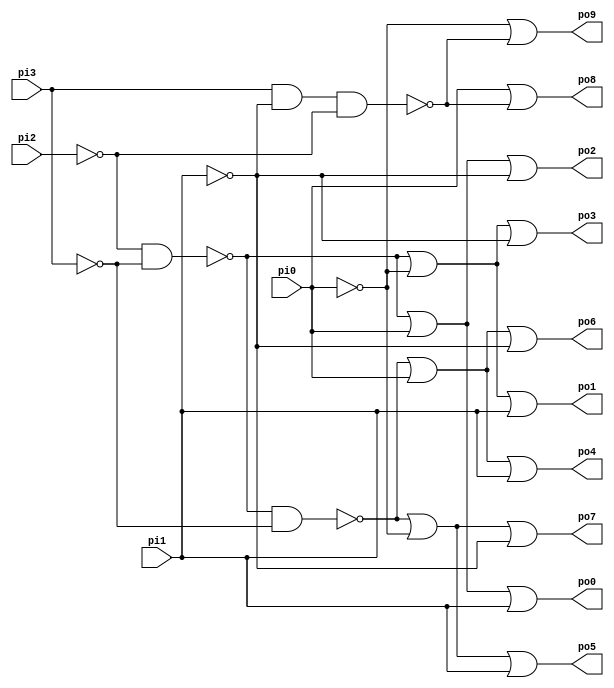
// Benchmark "CM42" written by ABC on Thu Mar 19 13:02:36 2020

module CM42 ( 
    pi0, pi1, pi2, pi3,
    po0, po1, po2, po3, po4, po5, po6, po7, po8, po9  );
  input  pi0, pi1, pi2, pi3;
  output po0, po1, po2, po3, po4, po5, po6, po7, po8, po9;
  wire new_n25_, new_n26_, new_n27_;
  assign po0 = ~new_n26_ | pi0 | pi1;
  assign po1 = ~new_n26_ | ~pi0 | pi1;
  assign po2 = ~new_n26_ | pi0 | ~pi1;
  assign po3 = ~new_n26_ | ~pi0 | ~pi1;
  assign po4 = ~new_n27_ | pi0 | pi1;
  assign po5 = ~new_n27_ | ~pi0 | pi1;
  assign po6 = ~new_n27_ | pi0 | ~pi1;
  assign po7 = ~new_n27_ | ~pi0 | ~pi1;
  assign po8 = pi0 | ~new_n25_;
  assign po9 = ~pi0 | ~new_n25_;
  assign new_n25_ = pi3 & ~pi1 & ~pi2;
  assign new_n26_ = ~pi2 & ~pi3;
  assign new_n27_ = ~new_n26_ & ~pi3;
endmodule